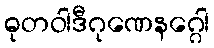
ဓုတဝါဒီဂုဏေနဂ္ဂေါ